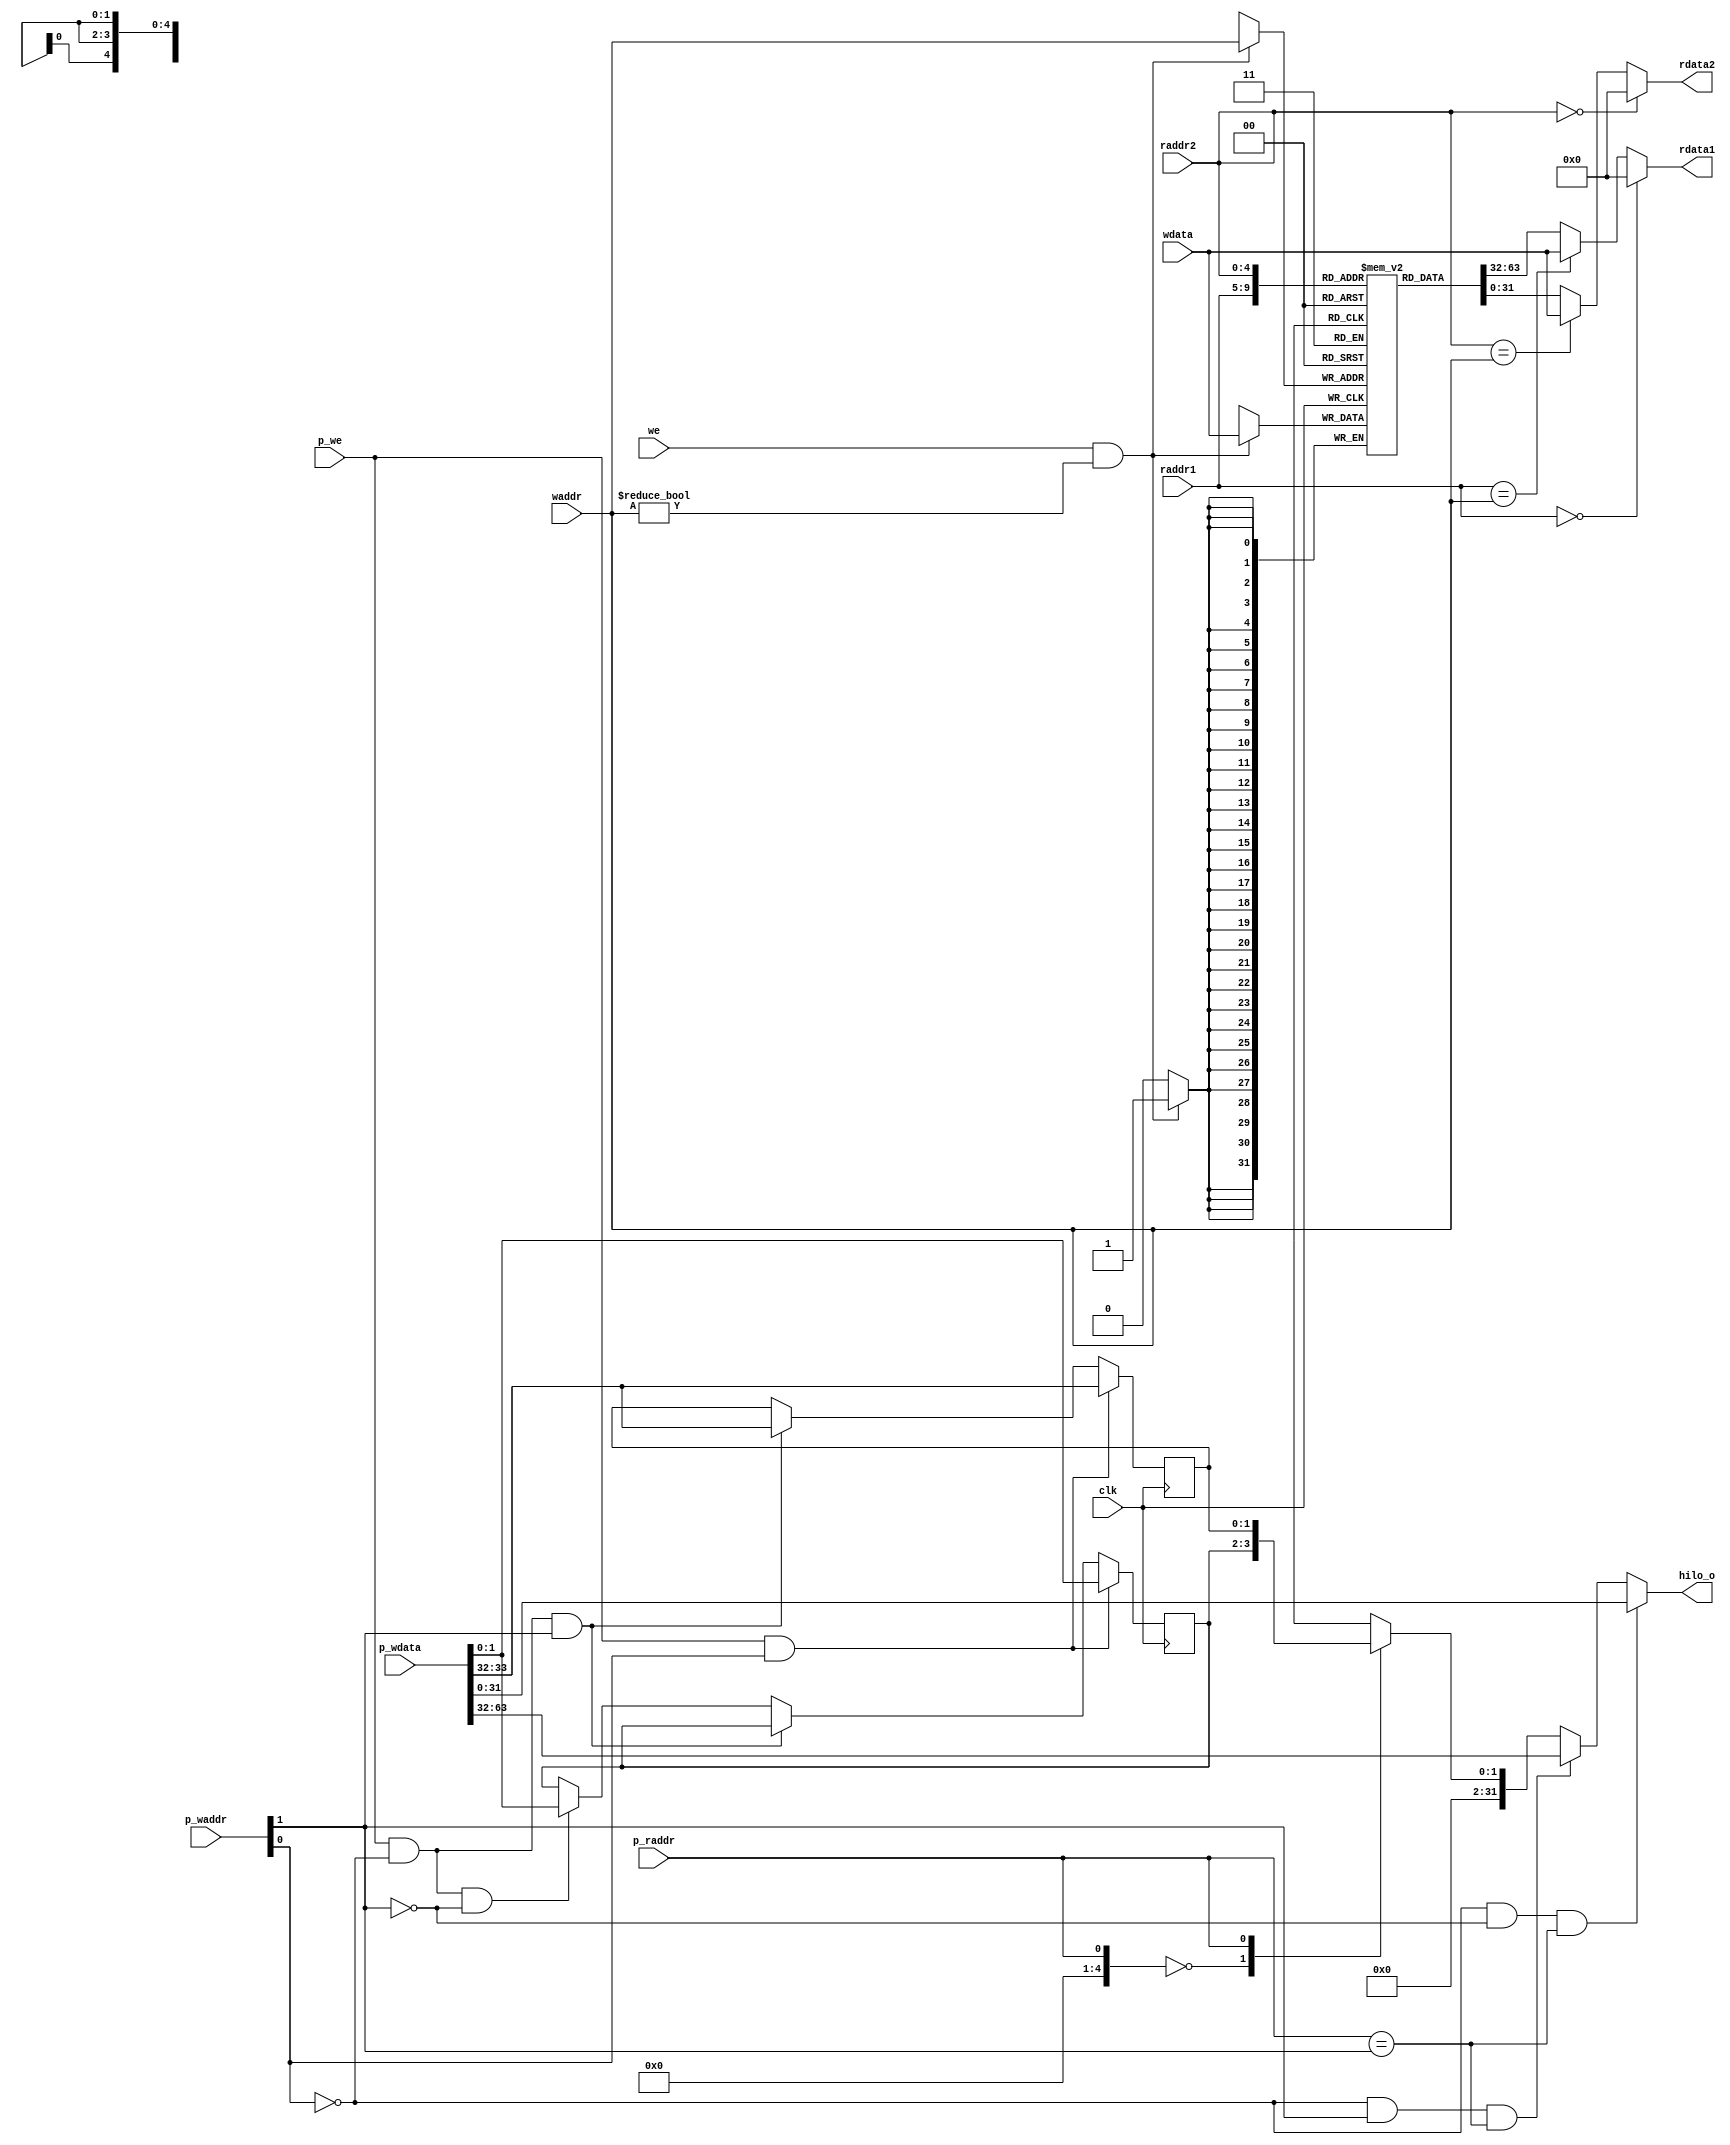
module regfile(
    input wire clk,
    input wire [4:0] raddr1,
    output wire [31:0] rdata1,
    input wire [4:0] raddr2,
    output wire [31:0] rdata2,
    input wire we,
    input wire [4:0] waddr,
    input wire [31:0] wdata,
    //HiLoĴ
    input wire p_raddr,//0->hi 1->lo
    output wire [31:0] hilo_o,//hilo output
    input wire p_we,//enable
    input wire [1:0] p_waddr,//0->hi 1-lo
    input wire [63:0] p_wdata//hi or lo
);
    reg [31:0] reg_array [31:0];//regfile
    reg [1:0] p_reg_array [31:0];//hi and lo
    // write 
    always @ (posedge clk) begin
        if (we && waddr!=5'b0) begin
            reg_array[waddr] <= wdata;
        end
        if (p_we&& p_waddr[0]==1'b1)begin
            p_reg_array[1]<=p_wdata[63:32];//lo
            p_reg_array[0]<=p_wdata[31:0];//hi
        end
        else if(p_we&& p_waddr[0]==1'b0&&p_waddr[1]==1'b1)begin
            p_reg_array[1]<=p_wdata[63:32];//lo
        end
        else if(p_we&& p_waddr[0]==1'b0&&p_waddr[1]==1'b0)begin
             p_reg_array[0]<=p_wdata[31:0];//hi
        end
    end
    //regfile______________________________________________
    // read out 1
    assign rdata1 = (raddr1 == 5'b0) ? 32'b0 :
                     (raddr1==waddr)?wdata:reg_array[raddr1];

    // read out2
     assign rdata2 = (raddr2 == 5'b0) ? 32'b0 :
                     (raddr2==waddr)?wdata:reg_array[raddr2];
    //0żĴ rdata=0  rdata=ĴеĴ洢ֵ
    //regfile______________________________________________
    
    //hilo_________________________________________________
    assign hilo_o = (p_waddr[0]==1'b0)&(p_waddr[1]==1'b0)&(p_raddr == p_waddr[1])?p_wdata[31:0]:
                     (p_waddr[0]==1'b0)&(p_waddr[1]==1'b1)&(p_raddr == p_waddr[1])?p_wdata[63:32]
                     :p_reg_array[p_raddr];
    //hilo_________________________________________________
    
endmodule